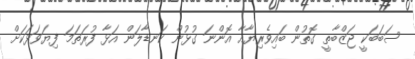
ސަބަބަކީ ޖަޒްބާތީ ގޮތުން ބައިވެރިޔާއާ އޮންނަ ގުޅުން ކަނޑާލަން އަޅާ ފުރަތަމަ ފިޔަވަޅަކަށް